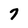
Character: 7